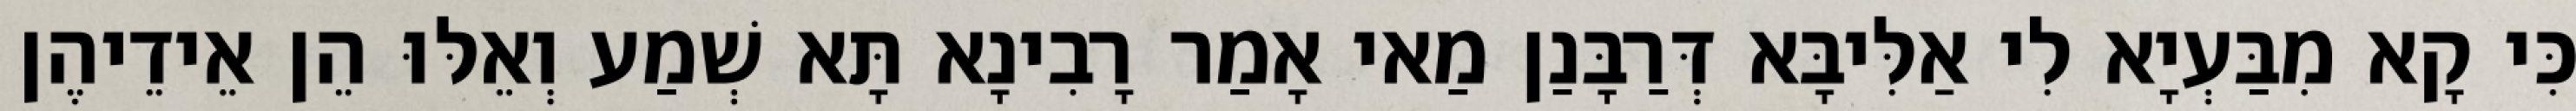
כִּי קָא מִבַּעְיָא לִי אַלִּיבָּא דְּרַבָּנַן מַאי אָמַר רָבִינָא תָּא שְׁמַע וְאֵלּוּ הֵן אֵידֵיהֶן